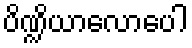
ပိဏ္ဍိယာလောပေါ